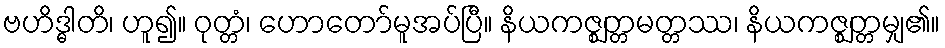
ဗဟိဒ္ဓါတိ၊ ဟူ၍။ ဝုတ္တံ၊ ဟောတော်မူအပ်ပြီ။ နိယကဇ္ဈတ္တမတ္တဿ၊ နိယကဇ္ဈတ္တမျှ၏။